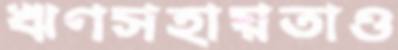
ঋণসহায়তাও